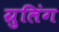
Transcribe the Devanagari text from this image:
ग्रुलिंग